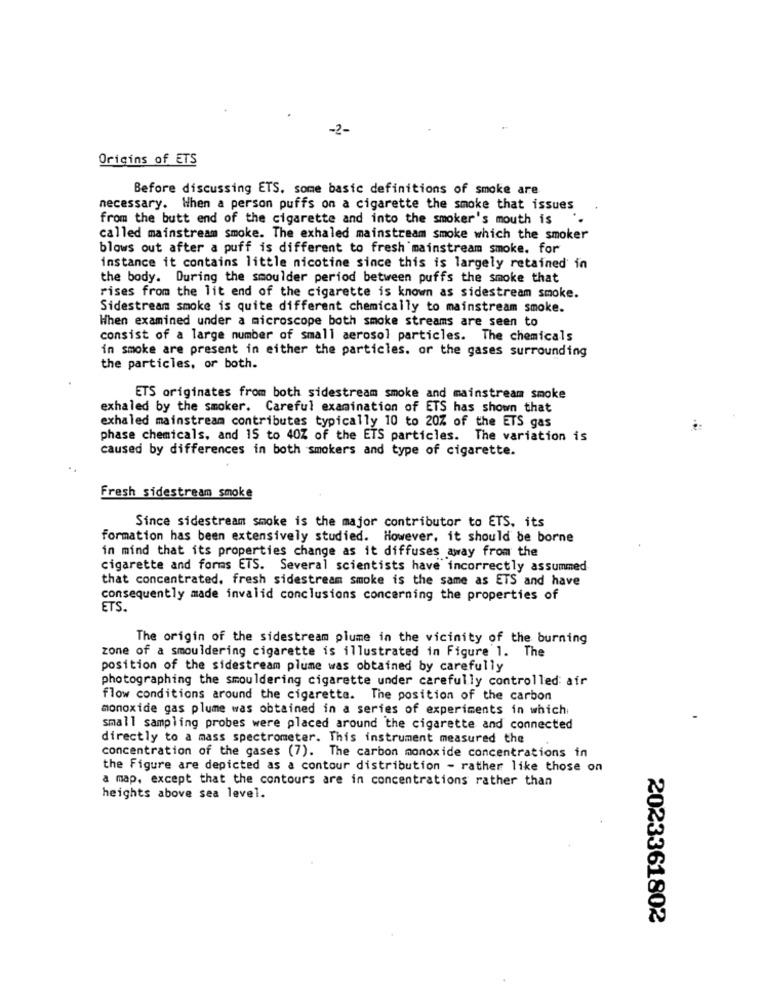
-2-
Origins of ETS
Before discussing ETS. some basic definitions of smoke are
necessary. When a person puffs on a cigarette the smoke that issues
from the butt end of the cigarette and into the smoker's mouth is
called mainstream smoke. The exhaled mainstream smoke which the smoker
blows out after a puff is different to fresh mainstream smoke. for
instance it contains little nicotine since this is largely retained in
the body. During the smoulder period between puffs the smoke that
rises from the lit end of the cigarette is known as sidestream smoke.
Sidestream smoke is quite different chemically to mainstream smoke.
When examined under a microscope both smoke streams are seen to
consist of a large number of small aerosol particles. The chemicals
in smoke are present in either the particles. or the gases surrounding
the particles, or both.
ETS originates from both sidestream smoke and mainstream smoke
exhaled by the smoker. Careful examination of ETS has shown that
exhaled mainstream contributes typically 10 to 20% of the ETS gas
phase chemicals, and 15 to 40Z of the ETS particles. The variation is
caused by differences in both smokers and type of cigarette.
Fresh sidestream smoke
Since sidestream smoke is the major contributor to ETS, its
formation has been extensively studied. However, it should be borne
in mind that its properties change as it diffuses away from the
cigarette and forms ETS. Several scientists have incorrectly assummed
that concentrated, fresh sidestream smoke is the same as ETS and have
consequently made invalid conclusions concerning the properties of
ETS.
The origin of the sidestream plume in the vicinity of the burning
zone of a smouldering cigarette is illustrated in Figure 1. The
position of the sidestream plume was obtained by carefully
photographing the smouldering cigarette under carefully controlled air
flow conditions around the cigarette. The position of the carbon
monoxide gas plume was obtained in a series of experiments in which
small sampling probes were placed around the cigarette and connected
directly to a mass spectrometer. This instrument measured the
concentration of the gases (7). The carbon monoxide concentrations in
the Figure are depicted as a contour distribution - rather like those on
a map, except that the contours are in concentrations rather than
heights above sea level.
2023361802